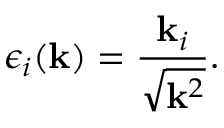
\epsilon _ { i } ( { \bf k } ) = \frac { { \bf k } _ { i } } { \sqrt { { \bf k } ^ { 2 } } } .